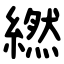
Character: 繎